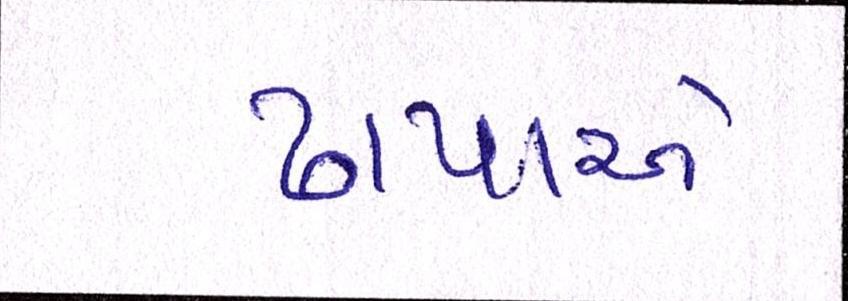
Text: ઢાપાએ